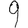
Digit: 9